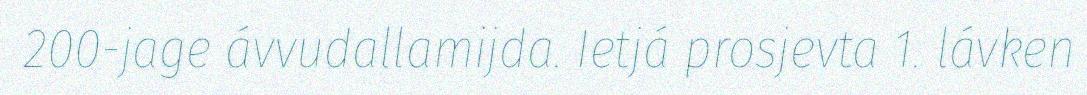
200-jage ávvudallamijda. Ietjá prosjevta 1. lávken